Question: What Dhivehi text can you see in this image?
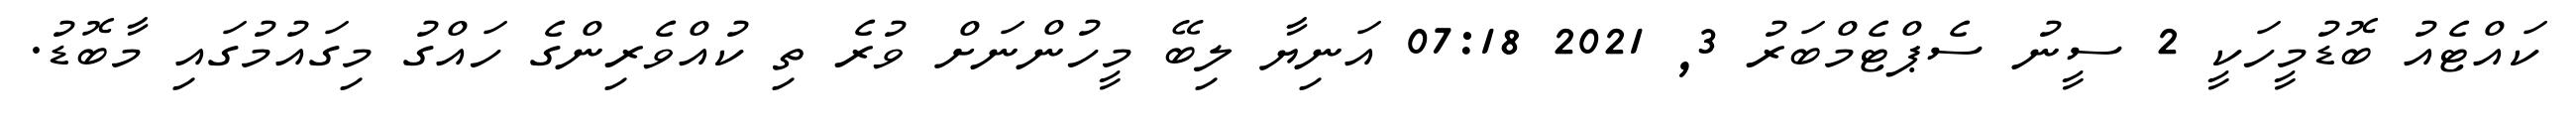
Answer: ކައްޓެއު ބޮޑުމީހަކީ 2 ސީނު ސެޕްޓެމްބަރު 3, 2021 07:18 އަނިޔާ ލިބޭ މީހުންނަށް ވުރެ ތި ކުއްވެރިންގެ ހައްގު މިގައުމުގައި މާބޮޑު.